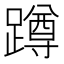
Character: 蹲